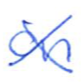
Text: an
Cross-out: cross
Writing tool: ballpoint